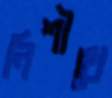
নিশীথে